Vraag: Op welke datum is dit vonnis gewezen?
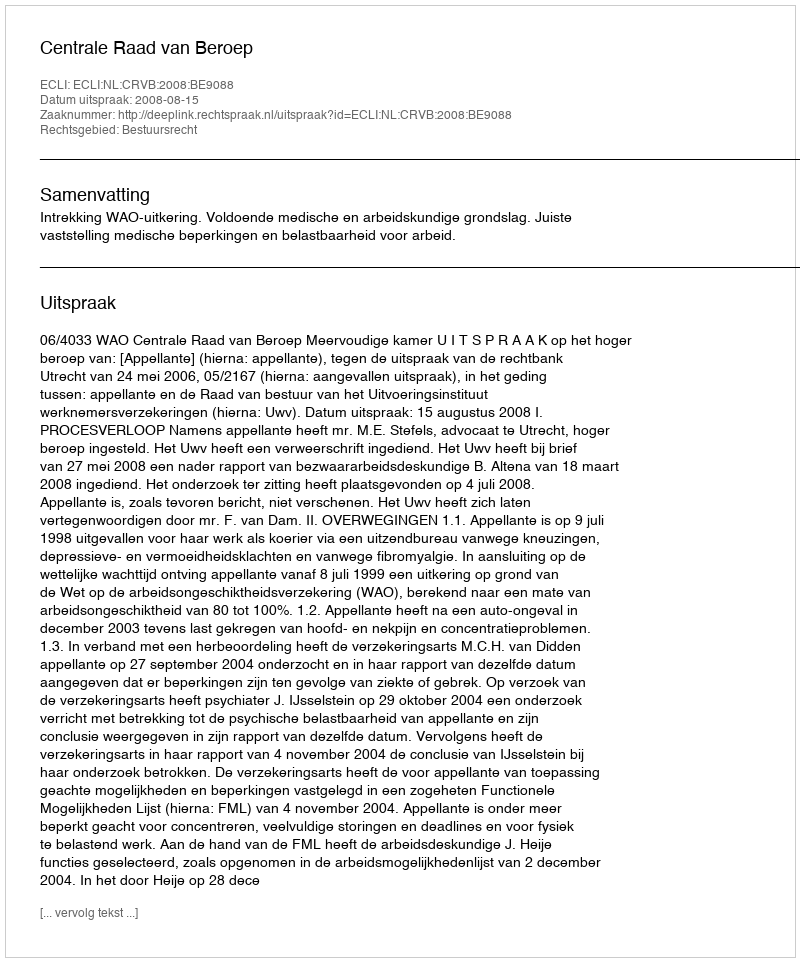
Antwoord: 2008-08-15